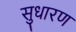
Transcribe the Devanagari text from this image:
सुधारण